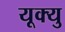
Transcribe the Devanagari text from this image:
यूक्यु